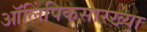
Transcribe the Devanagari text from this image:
ऑलिंपिकसारख्या